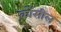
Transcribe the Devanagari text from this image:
कोंसील